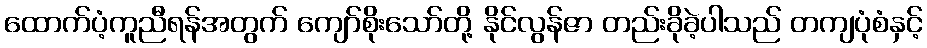
ထောက်ပံ့ကူညီရန်အတွက် ကျော်စိုးသော်တို့ နိုင်လွန်ဇာ တည်းခိုခဲ့ပါသည် တကျပုံစံနှင့်